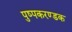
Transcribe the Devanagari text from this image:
पुष्पकरण्डक